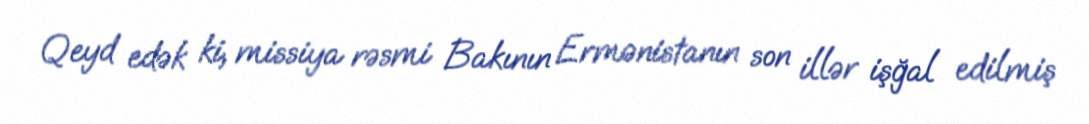
Qeyd edək ki, missiya rəsmi Bakının Ermənistanın son illər işğal edilmiş